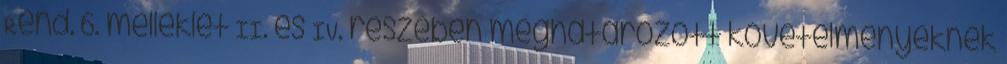
Rend. 6. melléklet II. és IV. részében meghatározott követelményeknek